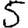
Digit: 5